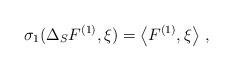
LaTeX: \begin{align*}\sigma_1(\Delta_S F^{(1)},\xi)=\left< F^{(1)},\xi\right>\,,\end{align*}